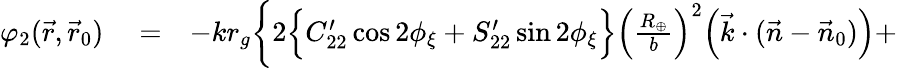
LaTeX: \begin{array}{rlr}{\varphi_{2}(\vec{r},\vec{r}_{0})}&{{}=}&{-kr_{g}\bigg\{ 2\Big\{ C_{22}^{\prime}\cos 2\phi_{\xi}+S_{22}^{\prime}\sin 2\phi_{\xi}\Big\} \Big(\frac{R_{\oplus}}{b}\Big)^{2}\Big({\vec{k}}\cdot({\vec{n}}-{\vec{n}}_{0})\Big)+}\end{array}